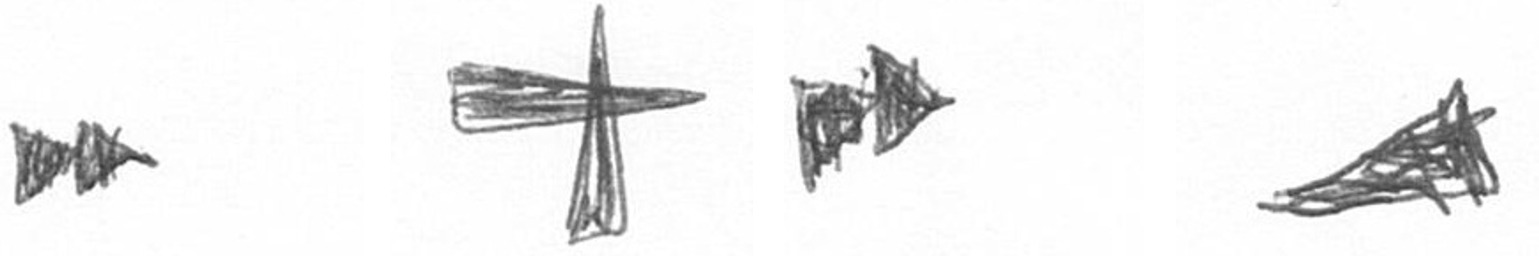
A G A O